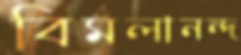
বিমলানন্দ